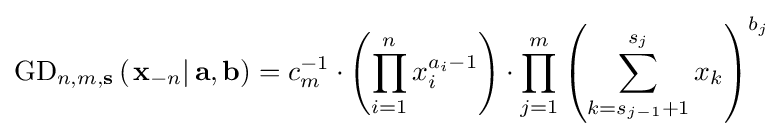
\operatorname {GD} _{n,m,\mathbf {s} }\left(\left.\mathbf {x} _{-n}\right|\mathbf {a} ,\mathbf {b} \right)=c_{m}^{-1}\cdot \left(\prod _{i=1}^{n}x_{i}^{a_{i}-1}\right)\cdot \prod _{j=1}^{m}\left(\sum _{k=s_{j-1}+1}^{s_{j}}x_{k}\right)^{b_{j}}